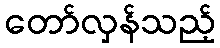
တော်လှန်သည့်